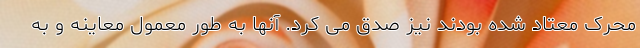
محرک معتاد شده بودند نیز صدق می کرد. آنها به طور معمول معاینه و به